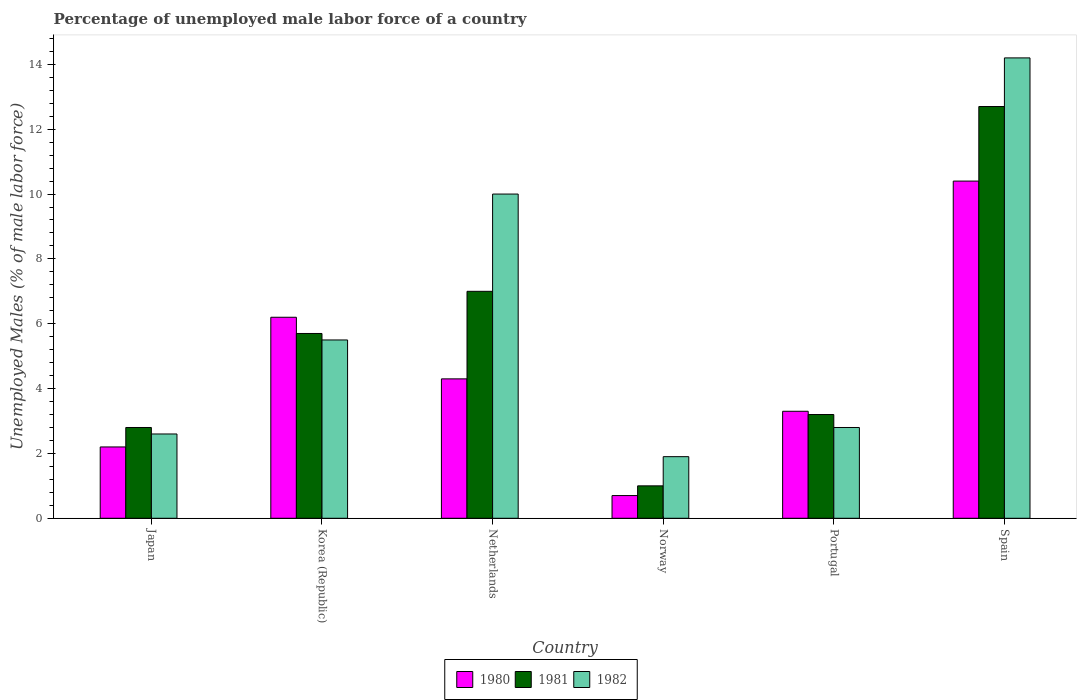
| Country | 1980 | 1981 | 1982 |
 | --- | --- | --- | --- |
 | Japan | 2.2 | 2.8 | 2.6 |
 | Korea (Republic) | 6.2 | 5.7 | 5.5 |
 | Netherlands | 4.3 | 7 | 10 |
 | Norway | 0.7 | 1 | 1.9 |
 | Portugal | 3.3 | 3.2 | 2.8 |
 | Spain | 10.4 | 12.7 | 14.2 |